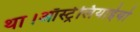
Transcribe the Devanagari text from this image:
था।ऑस्ट्रेलियाईयो